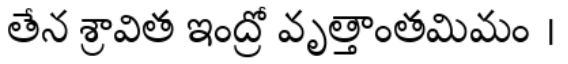
తేన శ్రావిత ఇంద్రో వృత్తాంతమిమం ।